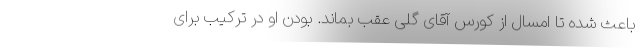
باعث شده تا امسال از کورس آقای گلی عقب بماند. بودن او در ترکیب برای